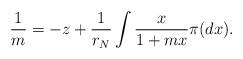
LaTeX: \begin{align*} \frac{1}{m}=-z+\frac{1}{r_N} \int \frac{x}{1+mx}\pi (dx).\end{align*}